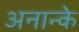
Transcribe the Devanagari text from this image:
अनान्के